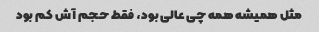
مثل همیشه همه چی عالی بود، فقط حجم آش کم بود